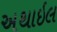
અથાઇલ